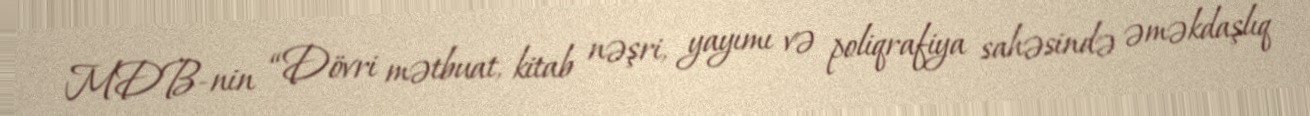
MDB-nin “Dövri mətbuat, kitab nəşri, yayımı və poliqrafiya sahəsində əməkdaşlıq